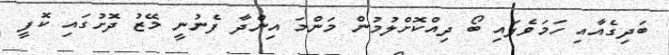
ބަދިގެއާއި ހަމަވެފައި ބޯ ދިއްކޮށްލުމުން މަންމަ އިންދާ ފެނުނީ މޭޒު ދޮށުގައި ކޮފީ